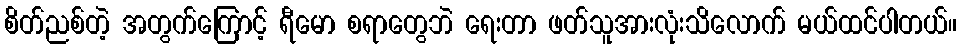
စိတ်ညစ်တဲ့ အတွက်ကြောင့် ရီမော စရာတွေဘဲ ရေးတာ ဖတ်သူအားလုံးသိလောက် မယ်ထင်ပါတယ်။